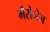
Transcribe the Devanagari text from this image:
मैसेजेज